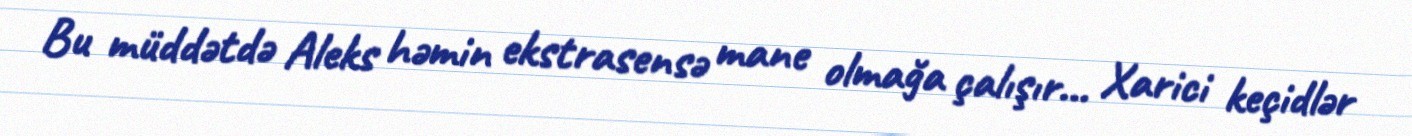
Bu müddətdə Aleks həmin ekstrasensə mane olmağa çalışır… Xarici keçidlər